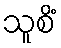
သူစိံ